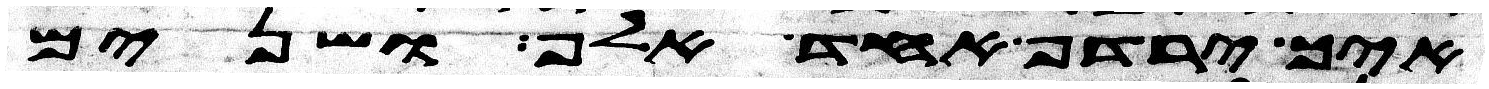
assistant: איך ירדף אחד אלף ושנים